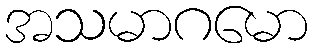
အသမာဂမော